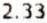
2.33